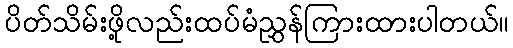
ပိတ်သိမ်းဖို့လည်းထပ်မံညွှန်ကြားထားပါတယ်။